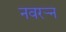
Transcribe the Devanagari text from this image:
नवरर्‍न